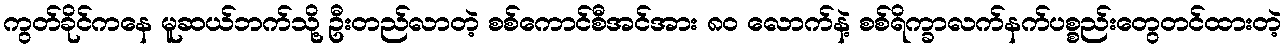
ကွတ်ခိုင်ကနေ မူဆယ်ဘက်သို့ ဦးတည်လာတဲ့ စစ်ကောင်စီအင်အား ၈၀ လောက်နဲ့ စစ်ရိက္ခာလက်နက်ပစ္စည်းတွေတင်ထားတဲ့